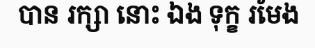
បាន រក្សា នោះ ឯង ទុក្ខ រមែង